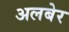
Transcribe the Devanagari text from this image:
अलबेर